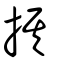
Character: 掑